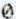
0